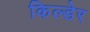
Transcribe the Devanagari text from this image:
किल्डेर